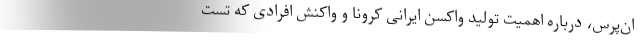
ان‌پرس، درباره اهمیت تولید واکسن ایرانی کرونا و واکنش افرادی که تست